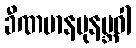
ခီဏမာနပုနဗ္ဘဝါ